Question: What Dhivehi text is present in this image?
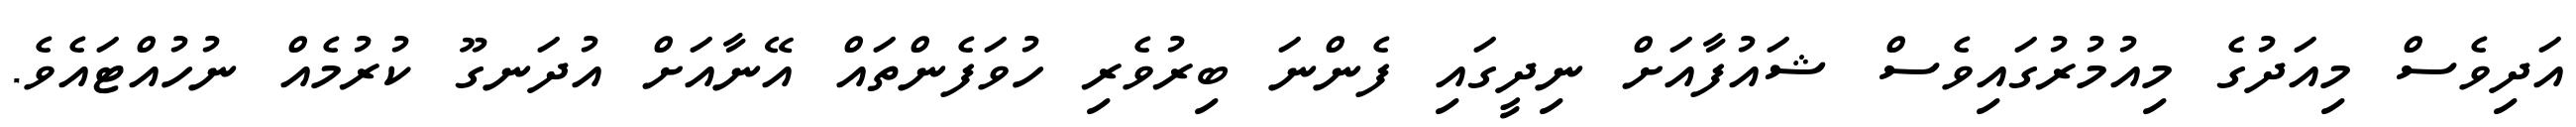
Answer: އަދިވެސް މިއަދުގެ މިއުމުރުގައިވެސް ޝައުފާއަށް ނިދީގައި ފެންނަ ބިރުވެރި ހުވަފެންތައް އޭނާއަށް އުދަނގޫ ކުރުމެއް ނުހުއްޓައެވެ.